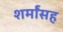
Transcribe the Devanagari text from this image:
शर्मांसह